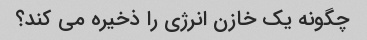
چگونه یک خازن انرژی را ذخیره می کند؟